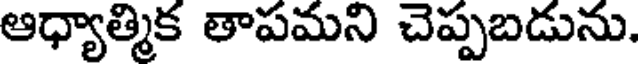
ఆధ్యాత్మిక తాపమని చెప్పబడును.